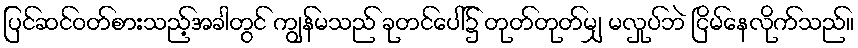
ပြင်ဆင်ဝတ်စားသည့်အခါတွင် ကျွန်မသည် ခုတင်ပေါ်၌ တုတ်တုတ်မျှ မလှုပ်ဘဲ ငြိမ်နေလိုက်သည်။